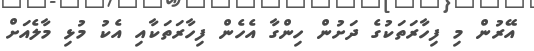
އޭރުން މި ފިހާރަތަކުގެ ދަށުން ހިންގާ އެހެން ފިހާރަތަކާއި އެކު މުޅި މާލެއަށް